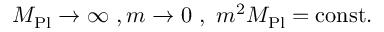
M _ { \mathrm { P l } } \to \infty \ , m \to 0 \ , \ m ^ { 2 } M _ { \mathrm { P l } } = { \mathrm { c o n s t . } }